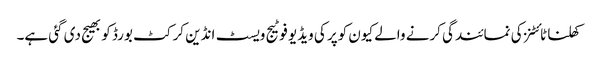
کھلنا ٹائٹنز کی نمائندگی کرنے والے کیون کوپر کی ویڈیو فوٹیج ویسٹ انڈین کرکٹ بورڈ کو بھیج دی گئی ہے۔